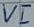
Text: VI